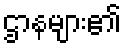
ဌာနများ၏